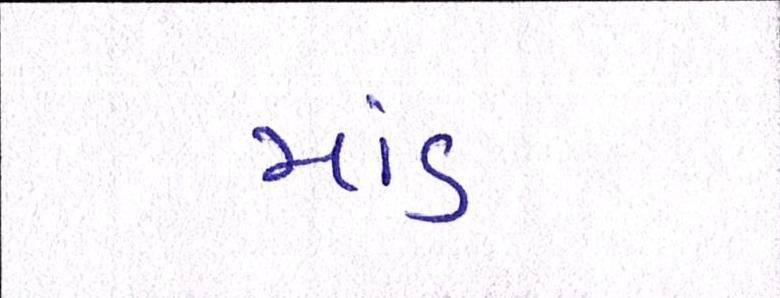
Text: માંડવી